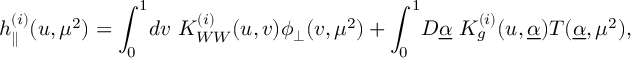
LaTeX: h _ { \parallel } ^ { ( i ) } ( u , \mu ^ { 2 } ) = \int _ { 0 } ^ { 1 } \! d v \ K _ { W W } ^ { ( i ) } ( u , v ) \phi _ { \perp } ( v , \mu ^ { 2 } ) + \int _ { 0 } ^ { 1 } \! { \cal D } \underline { { { \alpha } } } \ K _ { g } ^ { ( i ) } ( u , \underline { { { \alpha } } } ) { \cal T } ( \underline { { { \alpha } } } , \mu ^ { 2 } ) ,